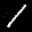
Label: 1